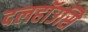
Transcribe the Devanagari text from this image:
दलहॉउसिे